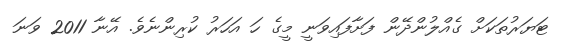
ޓަޔަރުތަކަށް ގެއްލުންދޭން ފަށާފައިވަނީ މީގެ ހަ އަހަރު ކުރިންނެވެ. އޭނާ 2011 ވަނަ